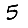
Digit: 5